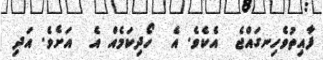
ފާއިތުވެހިނގައްޖެ  އެކެވެ. އެ  ހޯދިކަމެއް އެ  އަށެވެ. އަދި